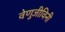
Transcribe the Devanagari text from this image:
वेणुजीविनी